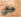
حتى